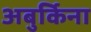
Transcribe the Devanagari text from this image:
अबुर्किना